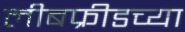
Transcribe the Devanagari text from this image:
लीबफ्रीडच्या